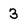
Character: 3